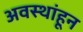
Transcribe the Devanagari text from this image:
अवस्थांहून